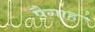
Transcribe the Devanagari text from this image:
पैगाह